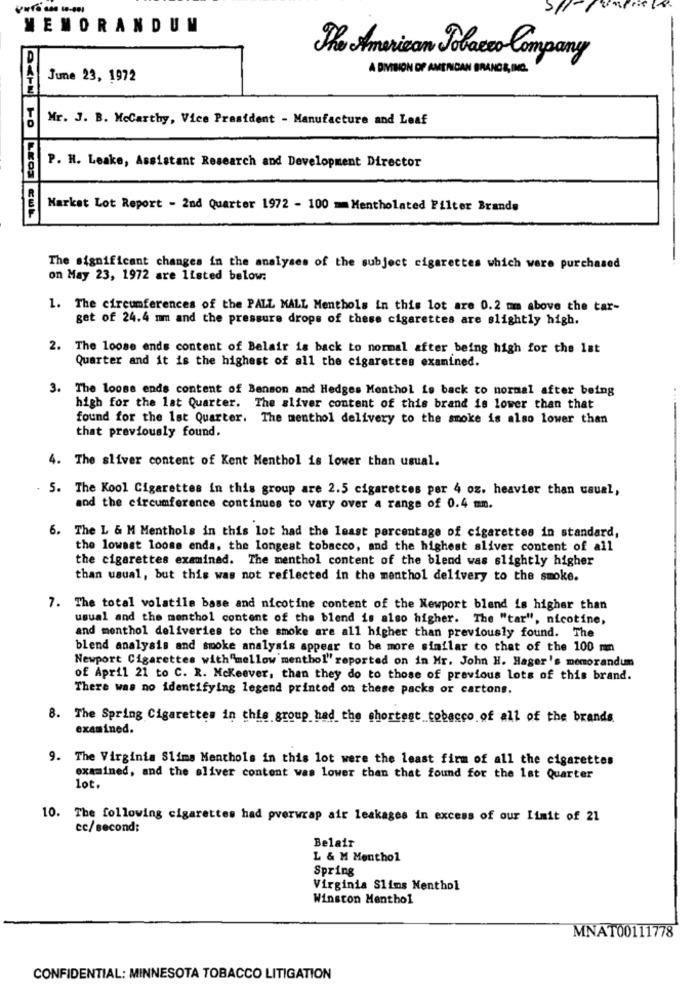
MEMORANDUM
The American Tobacco Company
A DIVISION OF AMERICAN BRANDS, INC.
June 23, 1972
Mr. J. B. Mccarthy, Vice President - Manufacture and Leaf
P. H. Leake, Assistant Research and Development Director
Market Lot Report - 2nd Quarter 1972 - 100 =Mentholated Filter Brands
The significant changes in the analyses of the subject cigarettes which were purchased
on May 23, 1972 are listed below:
1. The circumferences of the PALL MALL Menthols in this lot are 0.2 mm above the tar-
get of 24.4 mm and the pressure drops of these cigarettes are slightly high.
2. The loose ends content of Belair is back to normal after being high for the lat
Quarter and it is the highest of all the cigarettes examined.
3. The loose ends content of Benson and Hedges Menthol is back to normal after being
high for the lat Quarter. The sliver content of this brand is lower than that
found for the 1st Quarter. The menthol delivery to the smoke is also lower than
that previously found.
4. The sliver content of Kent Menthol is lower than usual.
5. The Kool Cigarettes in this group are 2.5 cigarettes per 4 oz. heavier than usual,
and the circumference continues to vary over a range of 0.4 mm.
6.
The L & M Menthols in this lot had the least percentage of cigarettes in standard,
the lowest loose ends, the longest tobacco, and the highest sliver content of all
the cigarettes examined. The menthol content of the blend was slightly higher
than usual, but this was not reflected in the menthol delivery to the smoke.
7. The total volatile base and nicotine content of the Newport blend is higher than
usual and the menthol content of the blend is also higher. The "tar", nicotine,
and menthol deliveries to the smoke are all higher than previously found. The
blend analysis and smoke analysis appear to be more similar to that of the 100 mm
Newport Cigarettes with"mellow menthol" reported on in Mr. John H. Hager's memorandum
of April 21 to C. R. Mckeever, than they do to those of previous lots of this brand.
There was no identifying legend printed on these packs or cartons.
8. The Spring Cigarettes in this group had the shortest tobacco of all of the brands
examined.
9. The Virginia Slims Menthols in this lot were the least firm of all the cigarettes
examined, and the sliver content was lower than that found for the 1st Quarter
lot.
10. The following cigarettes had pverwrap air leakages in excess of our Limit of 21
cc/second:
Belair
L & M Menthol
Spring
Virginia Slims Nenthol
Winston Menthol
MNAT00111778
CONFIDENTIAL: MINNESOTA TOBACCO LITIGATION